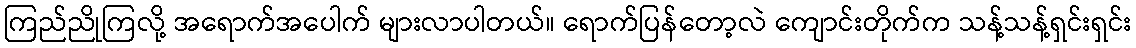
ကြည်ညိုကြလို့ အရောက်အပေါက် များလာပါတယ်။ ရောက်ပြန်တော့လဲ ကျောင်းတိုက်က သန့်သန့်ရှင်းရှင်း